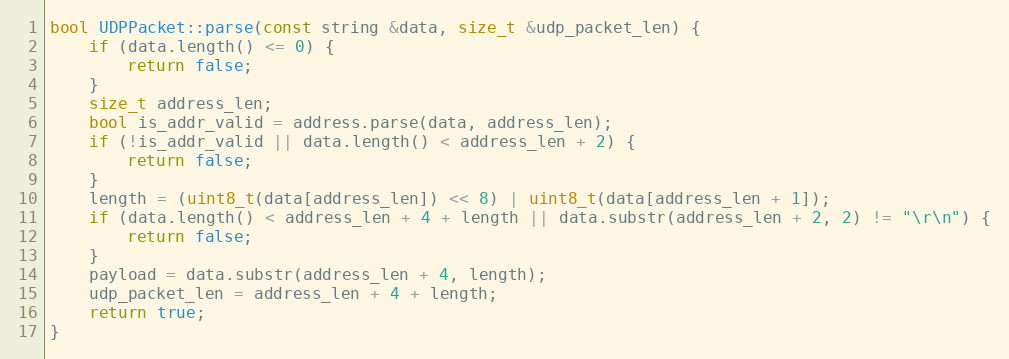
Language: C++
bool UDPPacket::parse(const string &data, size_t &udp_packet_len) {
    if (data.length() <= 0) {
        return false;
    }
    size_t address_len;
    bool is_addr_valid = address.parse(data, address_len);
    if (!is_addr_valid || data.length() < address_len + 2) {
        return false;
    }
    length = (uint8_t(data[address_len]) << 8) | uint8_t(data[address_len + 1]);
    if (data.length() < address_len + 4 + length || data.substr(address_len + 2, 2) != "\r\n") {
        return false;
    }
    payload = data.substr(address_len + 4, length);
    udp_packet_len = address_len + 4 + length;
    return true;
}